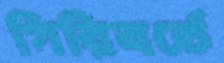
গিরিবর্তে